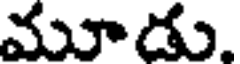
మూడు.